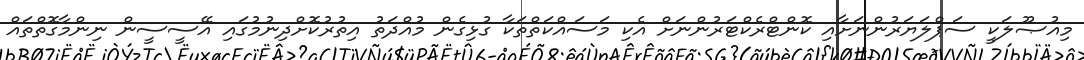
މިއުޞޫލަކީ ސަޕްލަޔަރުންނަށާއި ކޮންޓްރެކްޓަރުންނަށް އެކި މަސައްކަތްތަކާ ގުޅިގެން މުއްދަތު އިތުރުކޮށްދިނުމުގައި އޭސީސީން ނިންމާގޮތްތައް